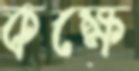
কক্ষে